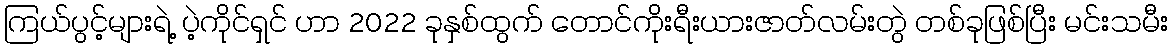
ကြယ်ပွင့်များရဲ့ ပဲ့ကိုင်ရှင် ဟာ 2022 ခုနှစ်ထွက် တောင်ကိုးရီးယားဇာတ်လမ်းတွဲ တစ်ခုဖြစ်ပြီး မင်းသမီး